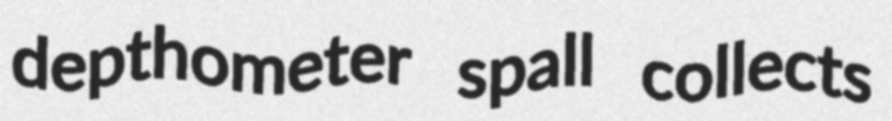
depthometer spall collects